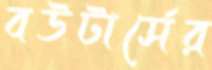
বউটার্সের